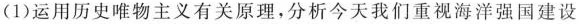
(1)运用历史唯物主义有关原理，分析今天我们重视海洋强国建设